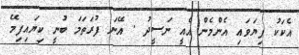
އެކަކު ފިޔަވައި އެންމެން އެއީ ނަސީދު . އޭނަ ފުރަތަމަ ބުނީ ކިޔައިފިމޭ